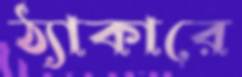
ঠ্যাকারে